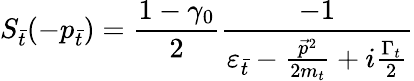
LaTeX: S_{\bar{t}}(-p_{\bar{t}})=\frac{1-{\gamma}_{0}}{2}\frac{-1}{{\varepsilon}_{\bar{t}}-\frac{{\vec{p}}^{2}}{2m_{t}}+i\frac{{\Gamma}_{t}}{2}}